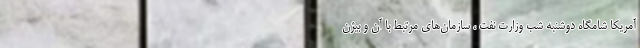
آمریکا شامگاه دوشنبه شب وزارت نفت ، سازمان‌های مرتبط با آن و بیژن